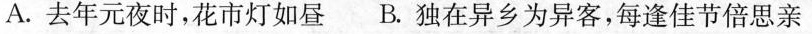
A.去年元夜时，花市灯如昼 B.独在异乡为异客，每逢佳节倍思亲